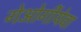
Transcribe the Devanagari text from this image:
गेओर्गीयेवा